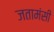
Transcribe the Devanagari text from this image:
जतामंसी